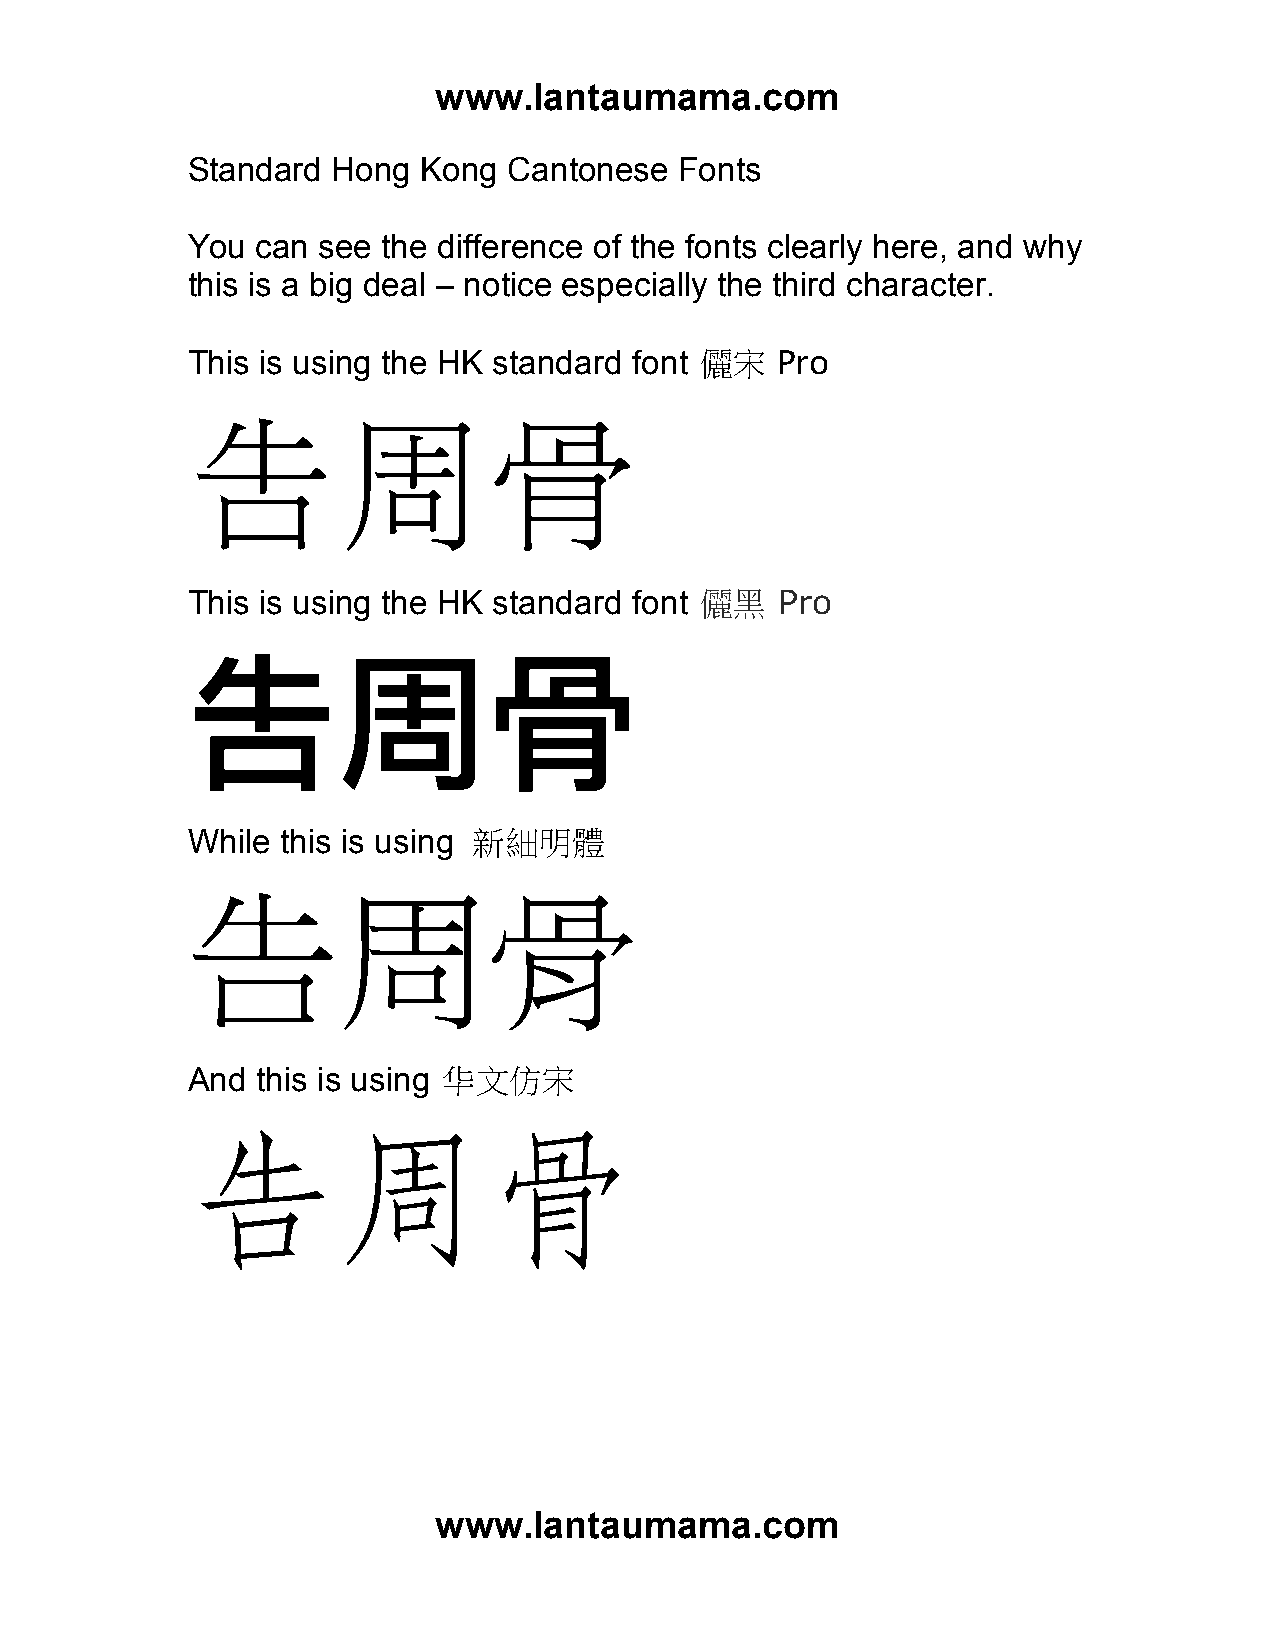
www.lantaumama.com
 Standard  Hong  Kong  Cantonese  Fonts
 You  can see the difference of the fonts clearly here, and why
 this is a big deal – notice especially the third character.
 This is using the HK standard font 儷宋  Pro
 告周骨
 This is using the HK standard font 儷黑   Pro
 告周骨
 While  this is using 新細明體
 告周骨
 And  this is using 华文仿宋
 告周骨
 www.lantaumama.com